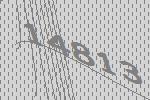
14813